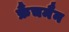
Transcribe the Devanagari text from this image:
फ्रैंचमैन